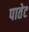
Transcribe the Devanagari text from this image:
पातेट